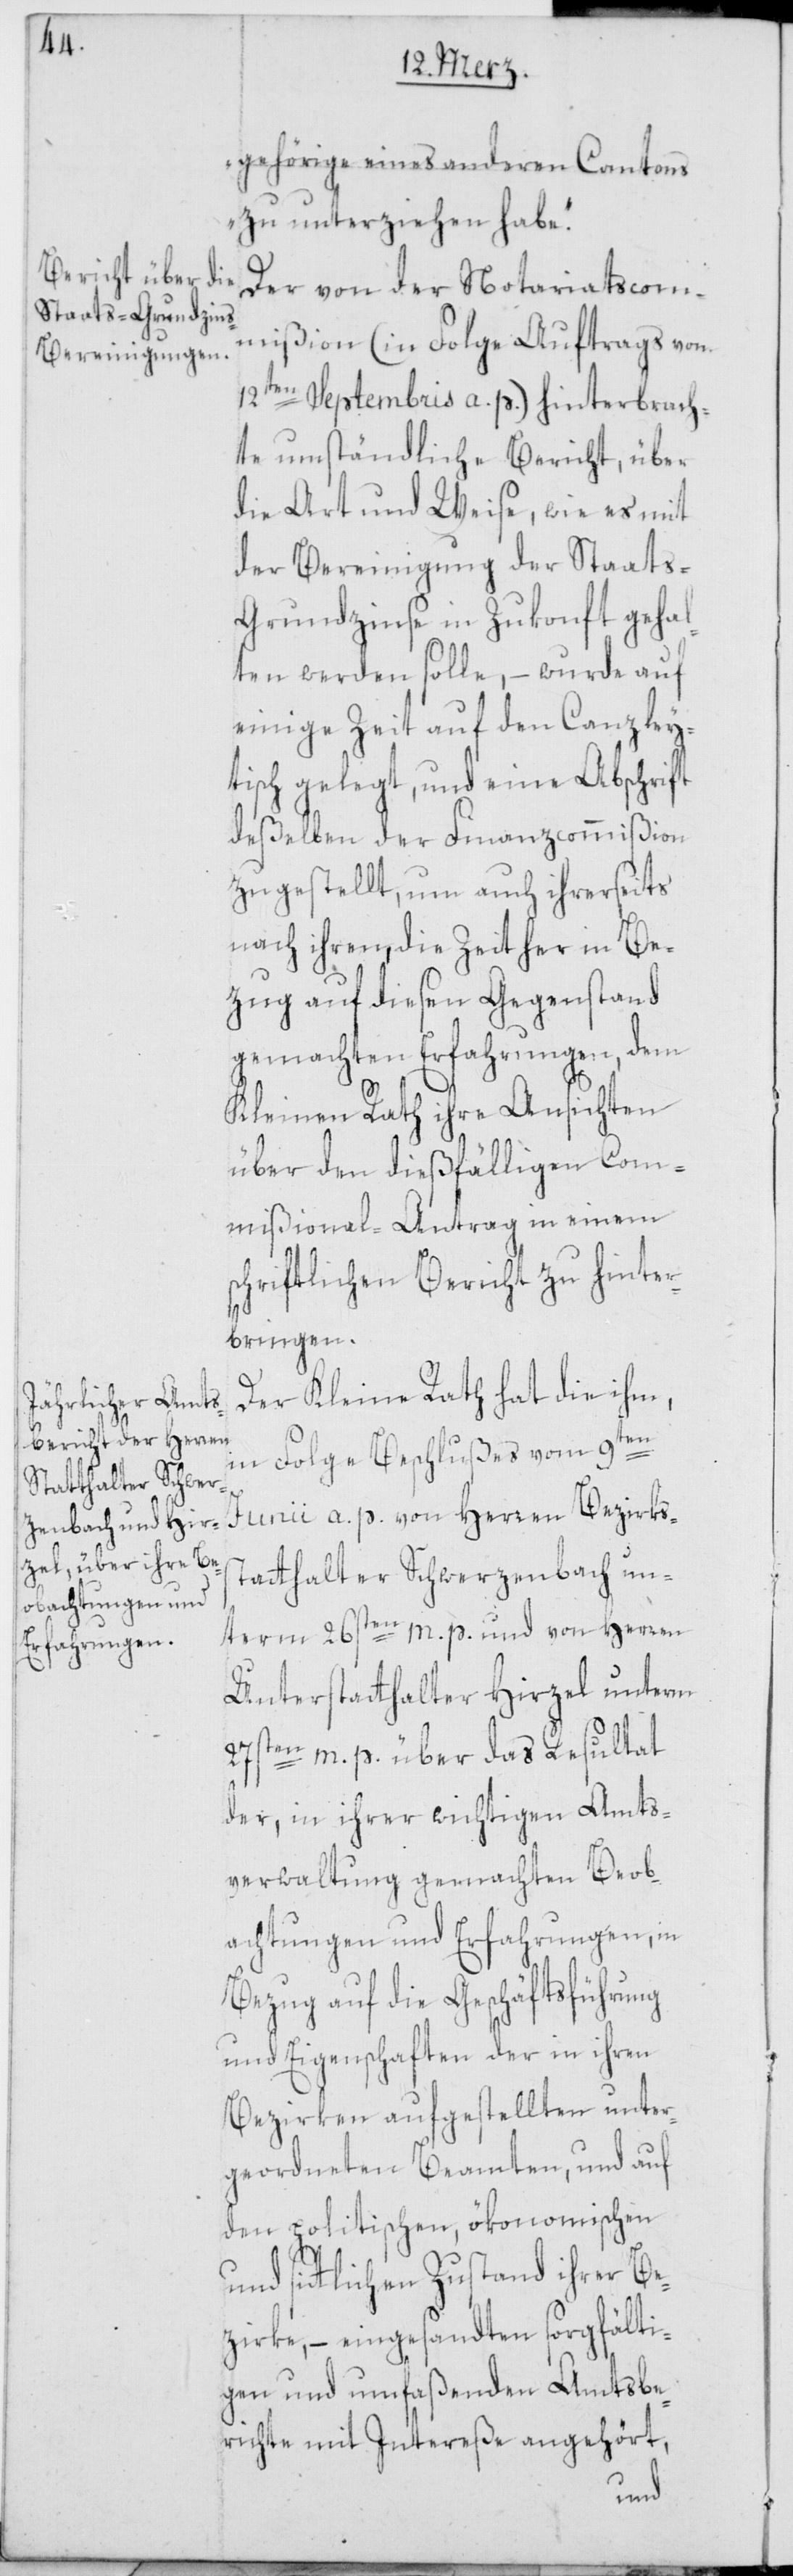
gehörige eines anderen Cantons
zu unterziehen habe.“
Der von der Notariatscom¬
mißion (in Folge Auftrags vom
12ten Septembris a. p.) hinterbrach¬
te umständliche Bericht, über
die Art und Weise, wie es mit
der Bereinigung der Staat¬
s-Grundzinse in Zukonft gehal¬
ten werden solle, – wurde auf
einige Zeit auf den Canzley¬
tisch gelegt, und eine Abschrift
deßelben der Finanzcommißion
zugestellt, um auch ihrerseits
nach ihren, die Zeit her in Be¬
zug auf diesen Gegenstand
gemachten Erfahrungen, dem
Kleinen Rath ihre Ansichten
über den dießfälligen Com¬
mißional-Antrag in einem
schriftlichen Bericht zu hinter¬
bringen.
Der Kleine Rath hat die ihm,
in Folge Beschlußes vom 9ten
Junii a. p. von Herren Bezirkss¬
tatthalter Schwerzenbach un¬
term 26sten m. p. und von Herren
Unterstatthalter Hirzel unterm
27sten m. p. über das Resultat
der, in ihrer wichtigen Amts¬
verwaltung gemachten Beob¬
achtungen und Erfahrungen, in
Bezug auf die Geschäftsführung
und Eigenschaften der in ihren
Bezirken aufgestellten unter¬
geordneten Beamten, und auf
den politischen, ökonomischen
und sittlichen Zustand ihrer Be¬
zirke, – eingesandten sorgfälti¬
gen und umfaßenden Amtsbe¬
richte mit Intereße angehört,